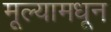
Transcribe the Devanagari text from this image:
मूल्यामधून